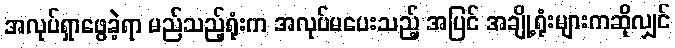
အလုပ်ရှာဖွေခဲ့ရာ မည်သည့်ရုံးက အလုပ်မပေးသည့် အပြင် အချို့ရုံးများကဆိုလျှင်